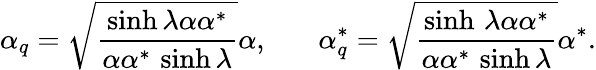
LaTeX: \alpha_{q}=\sqrt{\frac{\sinh\lambda\alpha\alpha^{*}}{\alpha\alpha^{*}\, \sinh\lambda}}\alpha,~~~~~~~\alpha_{q}^{*}=\sqrt{\frac{\sinh\, \lambda\alpha\alpha^{*}}{\alpha\alpha^{*}\, \sinh\lambda}}\alpha^{*}.